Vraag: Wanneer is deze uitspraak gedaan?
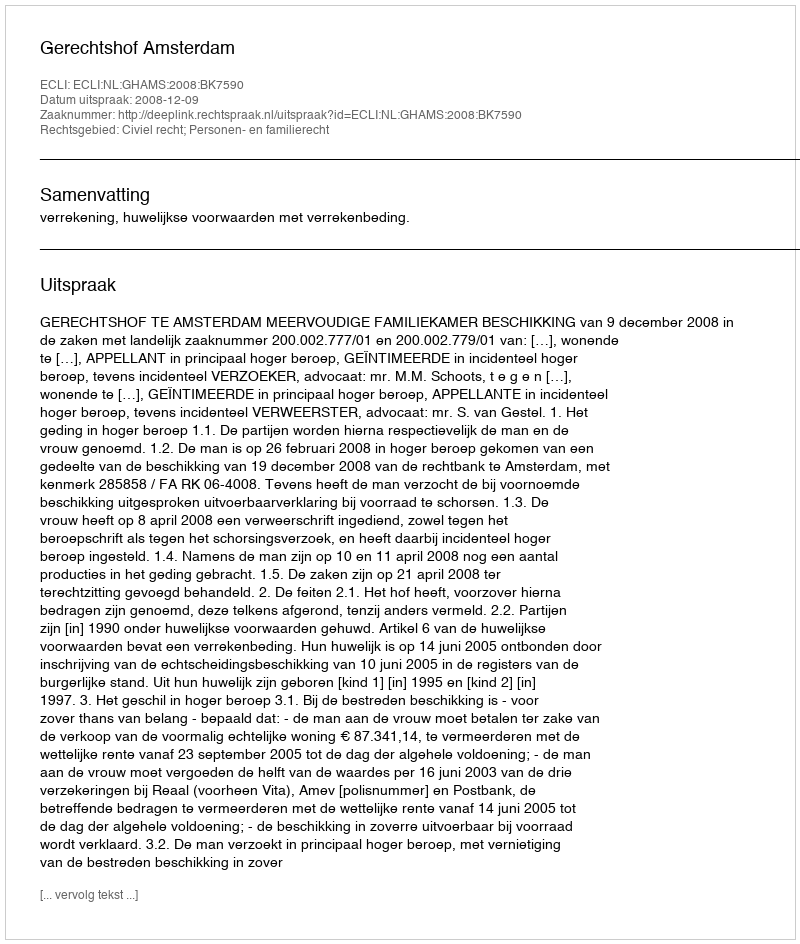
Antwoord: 2008-12-09